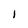
Character: 1